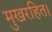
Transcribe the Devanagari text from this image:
मुखरहित।